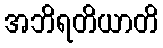
အဘိရတိယာတိ